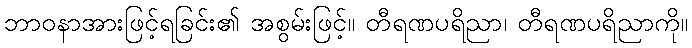
ဘာဝနာအားဖြင့်ရခြင်း၏ အစွမ်းဖြင့်။ တီရဏပရိညာ၊ တီရဏပရိညာကို။